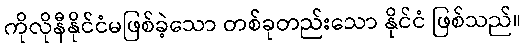
ကိုလိုနီနိုင်ငံမဖြစ်ခဲ့သော တစ်ခုတည်းသော နိုင်ငံ ဖြစ်သည်။